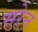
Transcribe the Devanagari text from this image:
सरेन